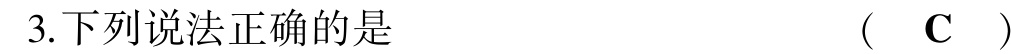
3.下列说法正确的是  (  $\mathbf{C}$  )